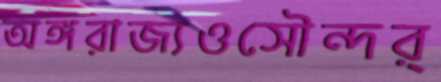
অঙ্গরাজ্যওসৌন্দর্